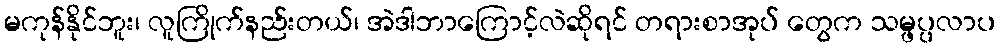
မကုန်နိုင်ဘူး၊ လူကြိုက်နည်းတယ်၊ အဲဒါဘာကြောင့်လဲဆိုရင် တရားစာအုပ် တွေက သမ္ဖပ္ပလာပ